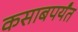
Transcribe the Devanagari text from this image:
कसाबपर्यंत